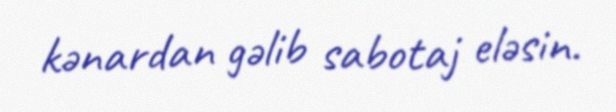
kənardan gəlib sabotaj eləsin.